Jaan_Tonisson_(Lasteleht), lk 354
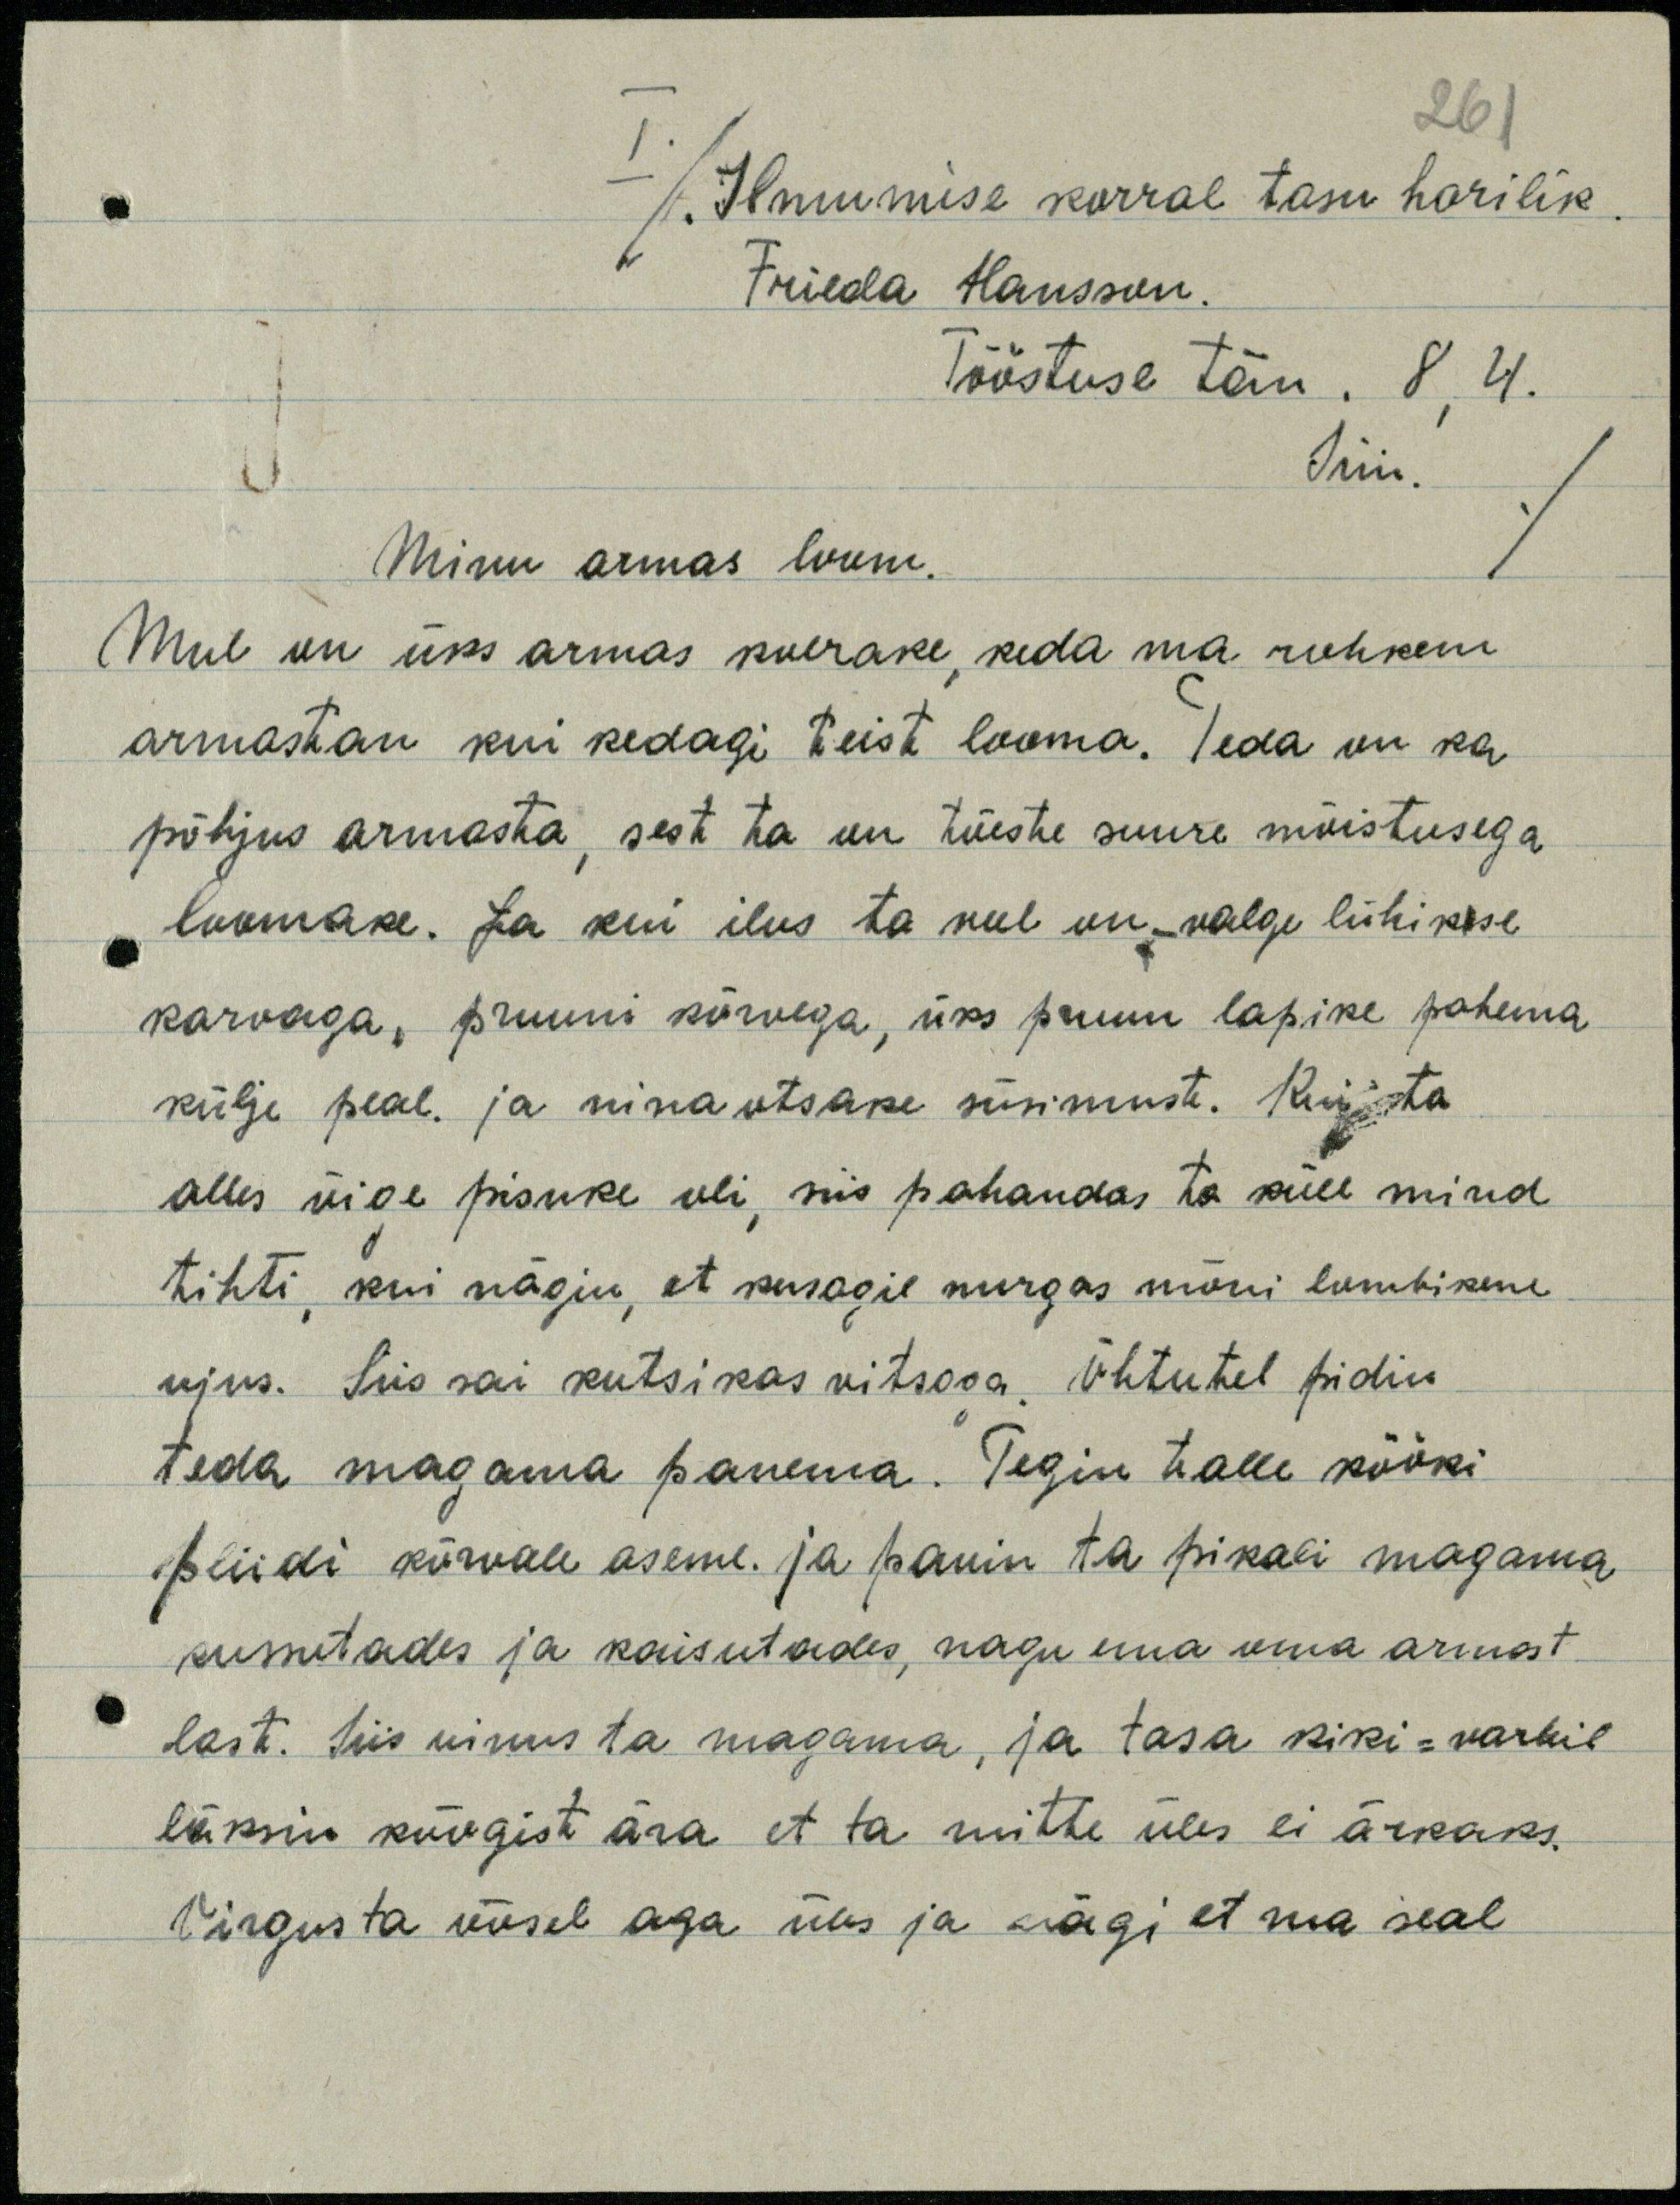
261
/Ilmumise korral tasu harilik
I
Frieda Hansson.
Tööstuse tän. 8,4
Hiiu./
Minu armas loom.
Mul on üks armas koerake keda ma rohkem
armastan kui kedagi teist looma. Teda on ka
põhjus armasta, sest ta on tõeste suure mõistusega
loomake. Ja kui ilus ta veel on - valge lühikese
karvaga, pruuni kõrvega, üks pruun lapike pahema
külje peal ja nina otsake süsimust. Kui ta
alles õige pisuke oli, mis pahandas ta küll mind
tihti, kui nägin, et kusagil nurgas mõni lombikene
ujus. Siis sai kutsikas vitsaga. Õhtutel pidin
teda magama panema. Tegin talle kööki
pliidi kõrvale aseme. ja panin ta pikali magama
kussutades ja kaisutades, nagu ema oma armast,
last. Siis uinus ta magama, ja tasa kiki=varbil
läksin köögist ära et ta mitte üles ei ärkaks.
Virgusta öösel aga üles ja nägi et ma seal